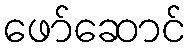
ဖော်ဆောင်